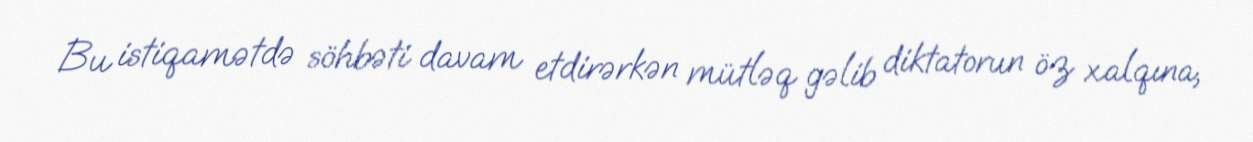
Bu istiqamətdə söhbəti davam etdirərkən mütləq gəlib diktatorun öz xalqına,